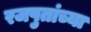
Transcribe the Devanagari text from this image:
रजपुतांच्या